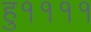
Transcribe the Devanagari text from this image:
हु११११